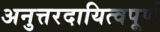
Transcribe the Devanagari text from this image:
अनुत्तरदायित्वपूर्ण